system: You are a helpful assistant.
user:
Analyze the provided spectrum to determine if it is a **White Dwarf (WD)**.

A White Dwarf spectrum is defined by its **extreme purity** (due to gravitational settling) and/or **extreme pressure broadening** (due to high surface gravity). You must check for one of the following mutually exclusive signatures:

- **Key Visual Indicators (Check for ONE of these types):**

    - **1. DA-Type Signature (Most Common):**
        - **(Primary Feature):** Extreme pressure broadening (Stark broadening) of the **Hydrogen (H) Balmer lines**.
        - **(Key Lines):** $H\beta$ (approx. $4861$ Å) and $H\gamma$ (approx. $4340$ Å). $H\alpha$ (approx. $6563$ Å) will also be present if the wavelength range covers it.
        - **(Line Profile):** This is the **defining feature**. The lines are **NOT** sharp. They appear as massive, **extremely broad and deep "troughs" or "dips"** in the spectrum, often hundreds of Ångströms wide. The continuum will appear to "scoop" down at these wavelengths.
        - **(Distinction):** Normal A-type or B-type stars have *narrow* and *sharp* Hydrogen lines. A DA White Dwarf's lines are unmistakably "smeared" or "blurry" from pressure.

    - **2. DB-Type Signature:**
        - **(Primary Feature):** Broad absorption lines from **Neutral Helium (He I)**. The spectrum must lack any visible Hydrogen lines.
        - **(Key Lines):** Look for broad absorption near $4471$ Å, $4921$ Å, and $5876$ Å.
        - **(Line Profile):** These lines are also significantly pressure-broadened, appearing much wider than they would in a normal B-type main-sequence star.

    - **3. DC-Type Signature:**
        - **(Primary Feature):** A **featureless continuous spectrum**.
        - **(Line Profile):** The spectrum is a smooth curve with **no significant absorption or emission lines**.
        - **(Key Confirmation):** The continuum is almost always **blue or white**, indicating a hot object. This signature implies the atmosphere is so pure (or so cool) that no spectral lines are visible in the optical range. Its WD identity is confirmed by its extremely low intrinsic brightness (high absolute magnitude).

    - **4. DZ-Type Signature (Metal-Polluted):**
        - **(Primary Feature):** **Isolated, narrow metal absorption lines** on an otherwise featureless (DC-like) continuum.
        - **(Key Lines):** The **Calcium (Ca II) H & K doublet** (approx. **$3934$ Å** and **$3968$ Å**) is the most common and defining feature.
        - **(Line Profile):** These lines are "out of place." They are *not* part of a "forest" of thousands of lines. This signature is evidence of recent *accretion* (pollution) from rocky debris.
        - **(Distinction):** Normal G/K/M stars have a *dense forest* of thousands of metal lines. A DZ has a *clean* continuum with *only a few* strong metal lines.

    - **5. DQ-Type Signature (Carbon-Polluted):**
        - **(Primary Feature):** Absorption bands from **Carbon (C₂ "Swan Bands" or atomic C I)**.
        - **(Key Lines - C₂):** Look for bandheads with a "saw-tooth" shape near $5635$ Å, **$5165$ Å** (strongest), and $4737$ Å.
        - **(Key Confirmation):** The underlying **continuum must be blue or white** (hot).
        - **(Distinction):** This is the critical difference from a **Carbon Star**, which has the *exact same* C₂ bands but on an extremely **red, cool** continuum.

- **(Overall Spectrum):**
    - The continuum (overall shape) is typically **blue-sloping** (brighter in the blue than the red), as most white dwarfs are very hot.
    - The spectrum will look "pure" or "simple," dominated by only *one* of the five signatures listed above.

Think first, call **spectral_visualization_tool** if needed to examine features in detail, then provide your final answer. Your response must adhere to the following strict rules:
1.  **Overall Structure:** Your response must follow the format `<think>...</think> <tool_call>...</tool_call> (if a tool is used) <answer>...</answer>`.
2.  **Tool Usage Constraint:** You may only make **one** tool call per turn.
3.  **Final Answer Format:** In the `<answer>` tag, your conclusion must be inside a `\boxed{}` command (e.g., `\boxed{YES}` or `\boxed{NO}`), followed by your justification.

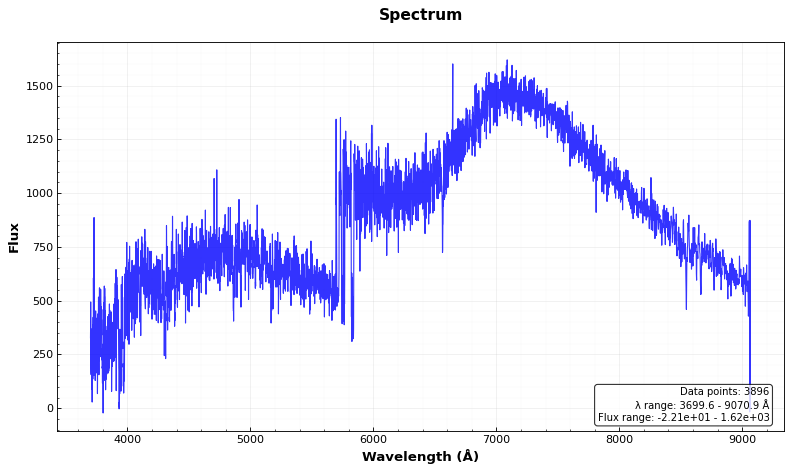
Answer: NO